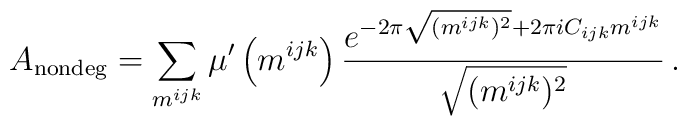
A_\mathrm{nondeg}=\sum_{m^{ijk}} \mu'\left(m^{ijk}\right)\frac{e^{-2\pi \sqrt{(m^{ijk})^2}+ 2\pi i C_{ijk} m^{ijk}}}{\sqrt{(m^{ijk})^2}}\,.